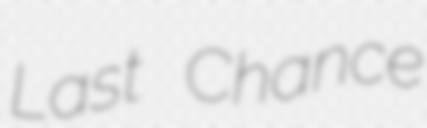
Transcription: Last Chance